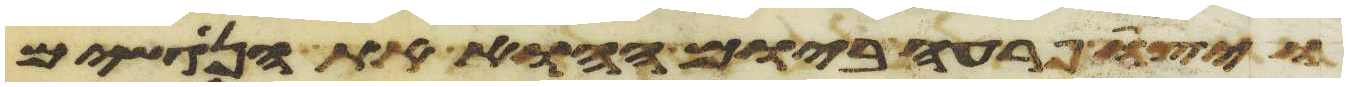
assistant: ויצו פרעה ביום ההוא את הנגשים